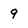
Character: 9